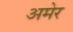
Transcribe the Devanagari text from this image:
अमेर